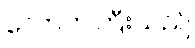
လောကကြီးသည်